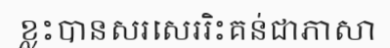
ខ្លះបានសរសេររិះគន់ជាភាសា